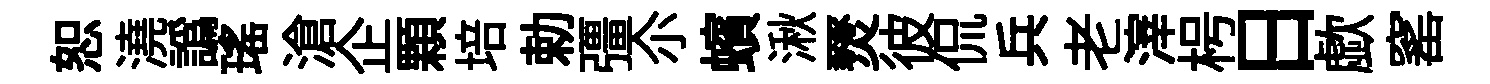
恕澆譌瑶滄企顆培勅彊尒蠙湫燹彼侃兵老滓枵日歔窰